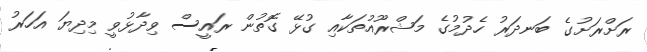
ރަށްރަށުގެ ބަނދަރު ހެދުމުގެ މަޝްރޫއުތަކާއި ގުޅޭ ގޮތުން ރައީސް ވިދާޅުވީ މިދިޔަ އަހަރު